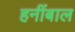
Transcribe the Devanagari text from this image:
हनींबाल